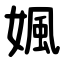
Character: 㜄